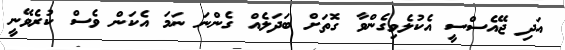
އަދި ޖޭއެސްސީ އެކުލެވިގެންވާ ގޮތަށް ބަދަލެއް ގެންނަ ނަމަ އެކަން ވެސް ކުރެވޭނީ